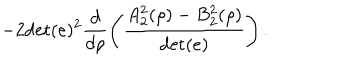
LaTeX: - 2 \mathrm { d e t } ( e ) ^ { 2 } \frac { d } { d \rho } \left( \frac { A _ { 2 } ^ { 2 } ( \rho ) - B _ { 2 } ^ { 2 } ( \rho ) } { \mathrm { d e t } ( e ) } \right) .